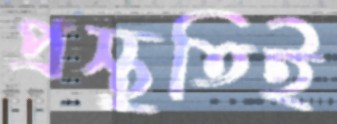
প্রস্তুতিই